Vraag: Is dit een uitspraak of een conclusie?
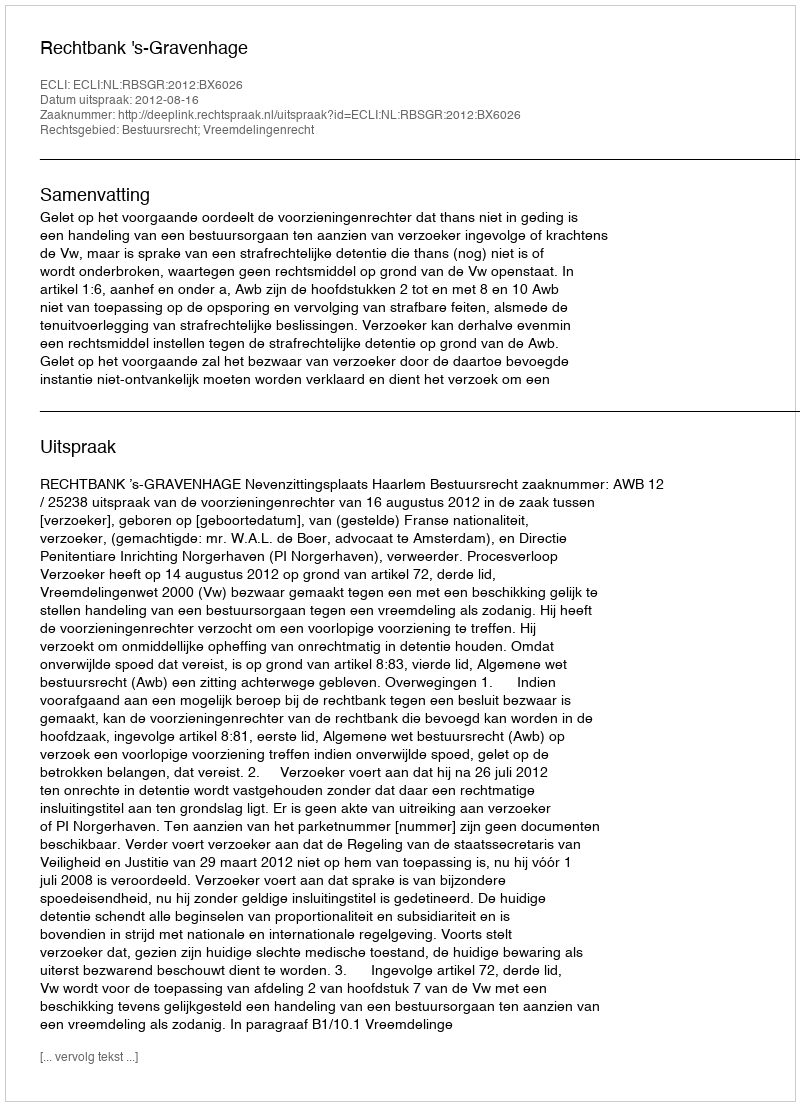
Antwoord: Uitspraak